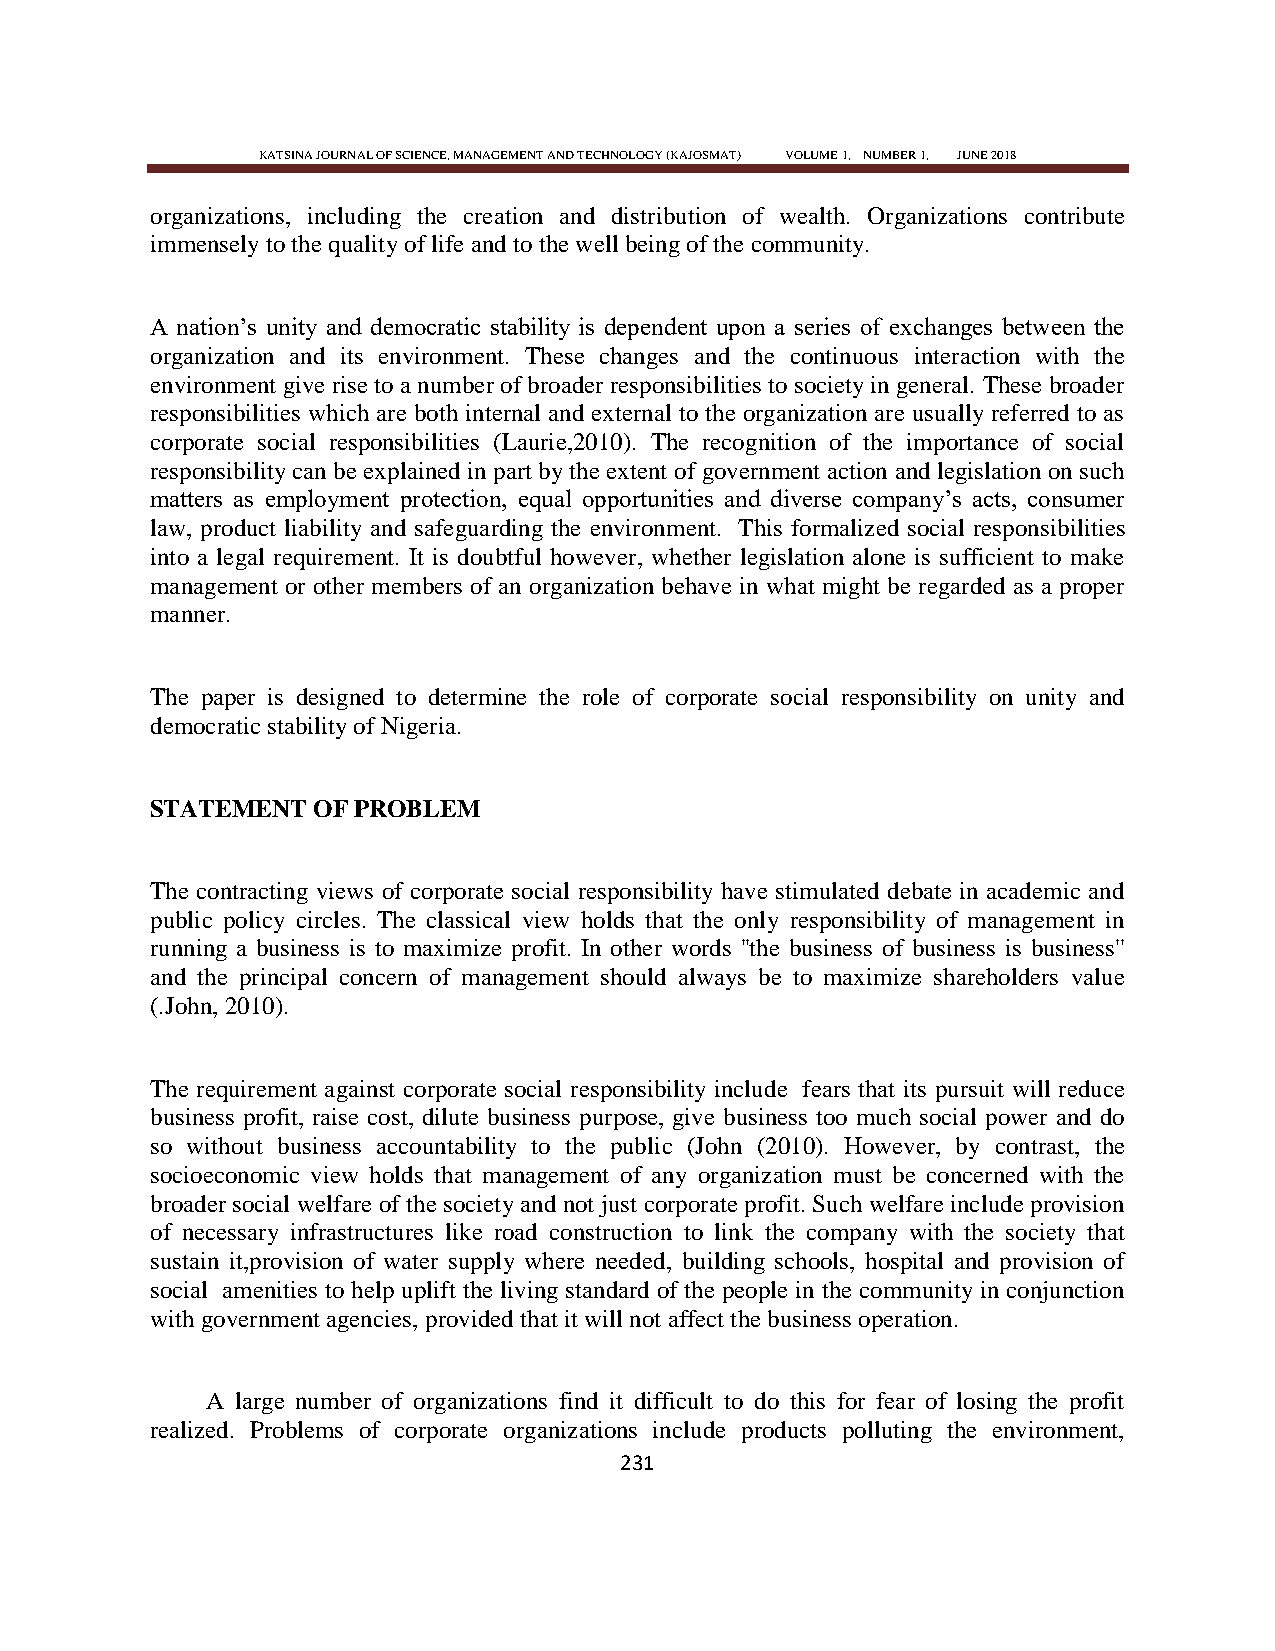
KATSINA JOURNAL OF SCIENCE, MANAGEMENT AND TECHNOLOGY (KAJOSMAT) VOLUME 1, NUMBER 1, JUNE 2018
 organizations, including the creation and distribution of wealth. Organizations contribute
 immensely to the quality of life and to the well being of the community.
 A nation‘s unity and democratic stability is dependent upon a series of exchanges between the
 organization and its environment. These changes and the continuous interaction with the
 environment give rise to a number of broader responsibilities to society in general. These broader
 responsibilities which are both internal and external to the organization are usually referred to as
 corporate social responsibilities (Laurie,2010). The recognition of the importance of social
 responsibility can be explained in part by the extent of government action and legislation on such
 matters as employment protection, equal opportunities and diverse company‘s acts, consumer
 law, product liability and safeguarding the environment. This formalized social responsibilities
 into a legal requirement. It is doubtful however, whether legislation alone is sufficient to make
 management or other members of an organization behave in what might be regarded as a proper
 manner.
 The paper is designed to determine the role of corporate social responsibility on unity and
 democratic stability of Nigeria.
 STATEMENT  OF PROBLEM
 The contracting views of corporate social responsibility have stimulated debate in academic and
 public policy circles. The classical view holds that the only responsibility of management in
 running a business is to maximize profit. In other words ''the business of business is business''
 and the principal concern of management should always be to maximize shareholders value
 (.John, 2010).
 The requirement against corporate social responsibility include fears that its pursuit will reduce
 business profit, raise cost, dilute business purpose, give business too much social power and do
 so without business accountability to the public (John (2010). However, by contrast, the
 socioeconomic view holds that management of any organization must be concerned with the
 broader social welfare of the society and not just corporate profit. Such welfare include provision
 of necessary infrastructures like road construction to link the company with the society that
 sustain it,provision of water supply where needed, building schools, hospital and provision of
 social amenities to help uplift the living standard of the people in the community in conjunction
 with government agencies, provided that it will not affect the business operation.
 A large number of organizations find it difficult to do this for fear of losing the profit
 realized. Problems of corporate organizations include products polluting the environment,
 231